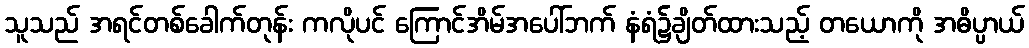
သူသည် အရင်တစ်ခေါက်တုန်း ကလိုပင် ကြောင်အိမ်အပေါ်ဘက် နံရံ၌ချိတ်ထားသည့် တယောကို အဓိပ္ပာယ်